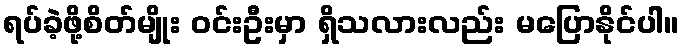
ရပ်ခဲ့ဖို့စိတ်မျိုး ဝင်းဦးမှာ ရှိသလားလည်း မပြောနိုင်ပါ။